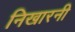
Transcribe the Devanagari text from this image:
निखारनी